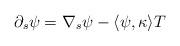
LaTeX: \begin{align*}\partial_s \psi=\nabla_{s} \psi -\langle \psi, \kappa\rangle T \end{align*}